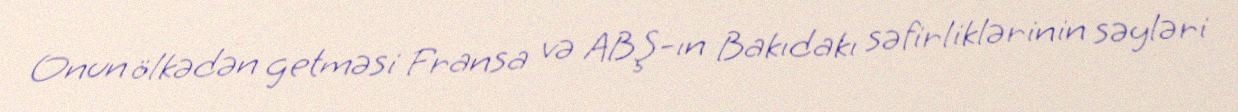
Onun ölkədən getməsi Fransa və ABŞ-ın Bakıdakı səfirliklərinin səyləri